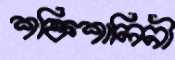
শক্তিশালিনী